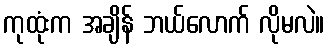
ကုထုံးက အချိန် ဘယ်လောက် လိုမလဲ။